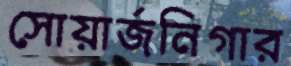
সোয়ার্জনিগার